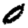
Digit: 0